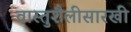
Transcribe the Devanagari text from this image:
वास्तुशैलीसारखी